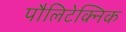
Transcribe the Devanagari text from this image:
पौलिटेक्निक